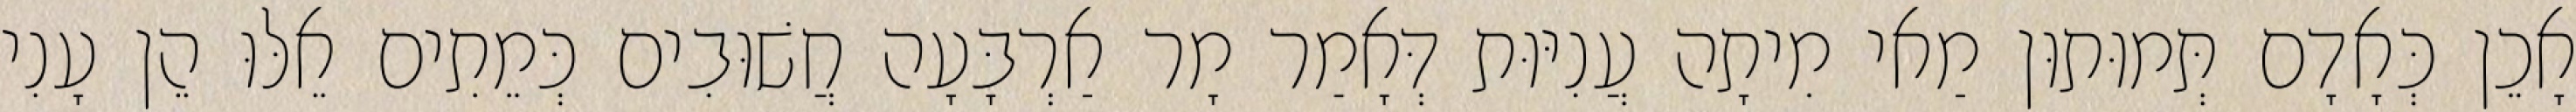
אָכֵן כְּאָדָם תְּמוּתוּן מַאי מִיתָה עֲנִיּוּת דְּאָמַר מָר אַרְבָּעָה חֲשׁוּבִים כְּמֵתִים אֵלּוּ הֵן עָנִי